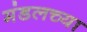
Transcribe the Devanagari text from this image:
मंडलच्या